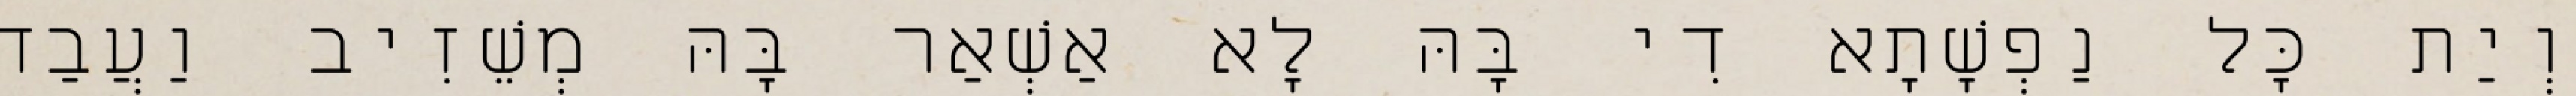
וְיַת כָּל נַפְשָׁתָא דִי בָּהּ לָא אַשְׁאַר בָּהּ מְשֵׁזִיב וַעֲבַד